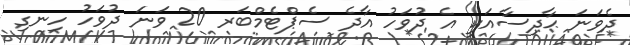
ދެވަނަ ޙާދިސާއަކީ އެ ދުވަހު އާދެ ސެޕްޓެމްބަރ 20 ވަނަ ދުވަހު ހިނގި